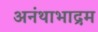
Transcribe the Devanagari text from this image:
अनंथाभाद्रम